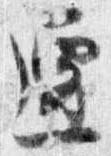
還